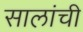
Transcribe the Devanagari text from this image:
सालांची